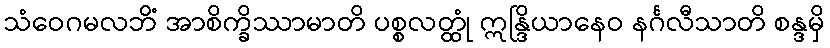
သံဝေဂမလဘိံ အာစိက္ခိဿာမာတိ ပစ္စလတ္ထုံ ဣန္ဒြိယာနေဝ နင်္ဂလီသာတိ စန္ဒမှိ